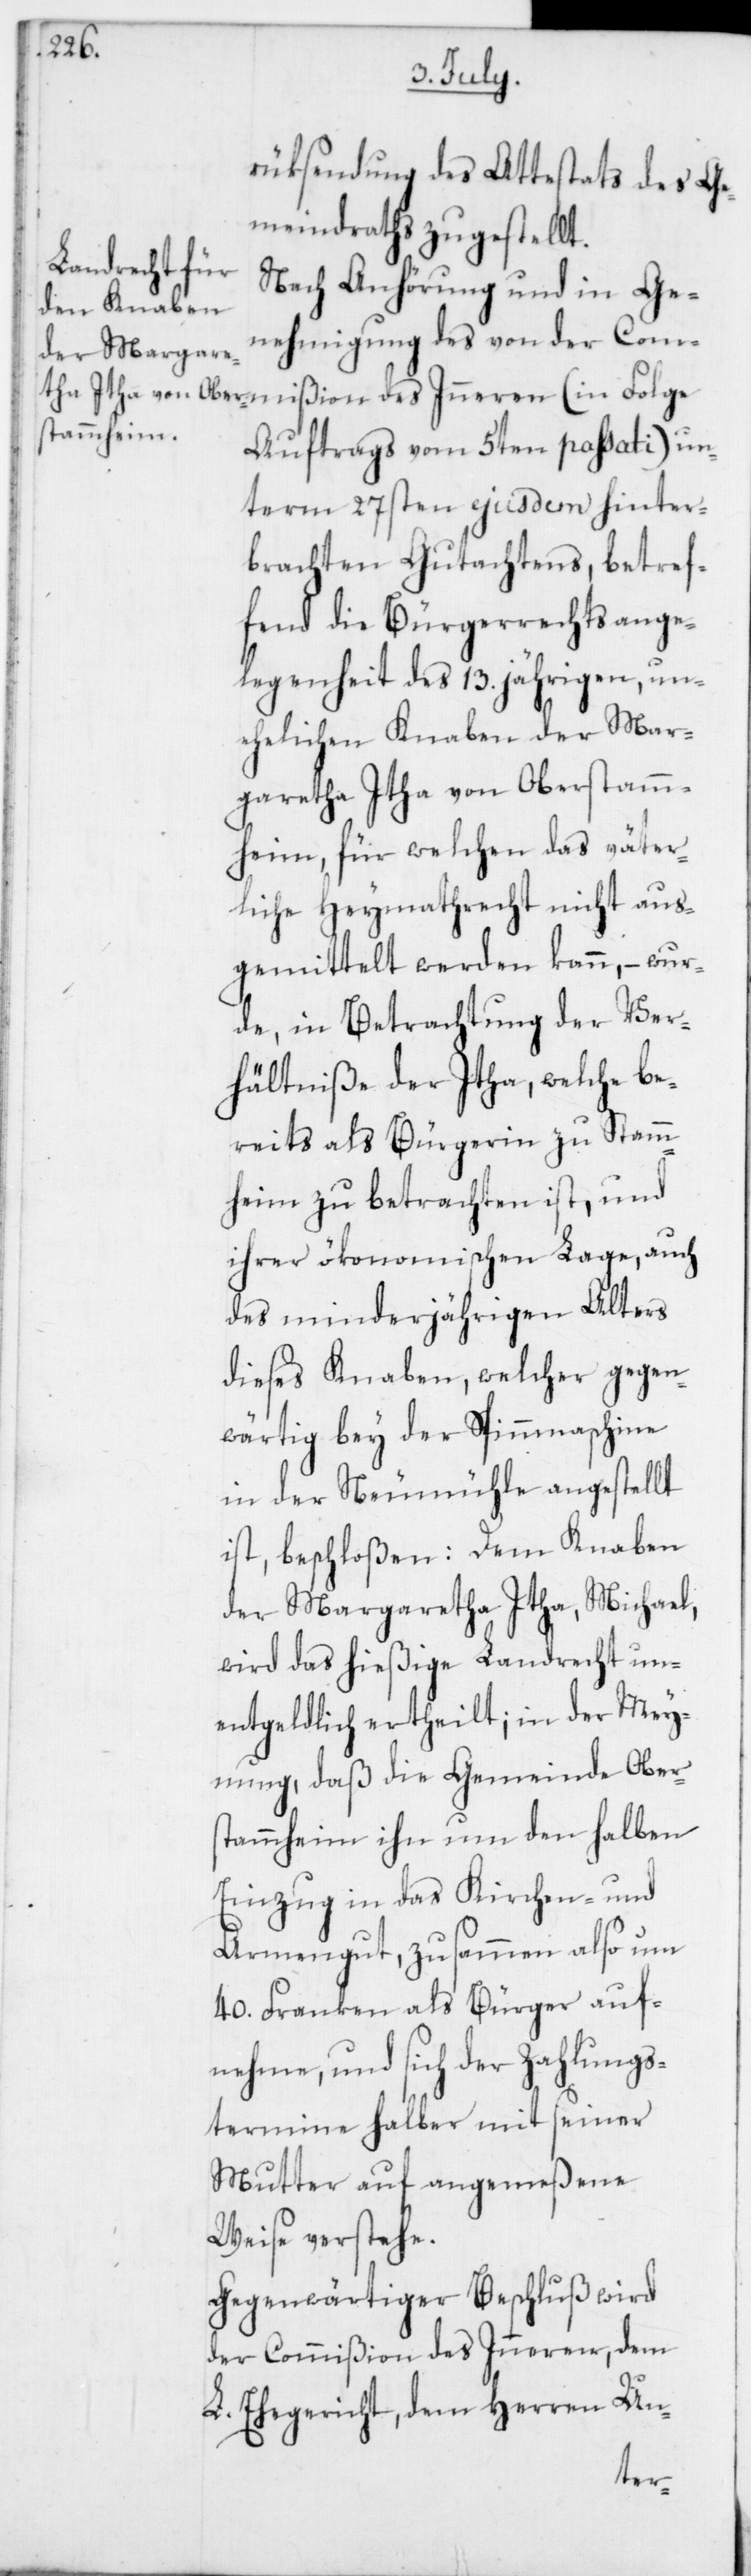
rükstellung des Attestats des Ge¬
meindraths zugestellt.
Nach Anhörung und in Ge¬
nehmigung des von der Commi¬
Auftrags vom 5ten passati) un¬
term 27sten ejusdem hinter¬
brachten Gutachtens, betref¬
fend die Bürgerrechtsange¬
legenheit des 13. jährigen, un¬
ehelichen Knaben der Mar¬
garetha Itha von Oberstamm¬
heim, für welchen das väter¬
liche Heymathrecht nicht aus¬
gemittelt werden kann, – wur¬
de in Betrachtung der Ver¬
hältniße der Itha, welche be¬
reits als Bürgerin zu Stamm¬
heim zu betrachten ist, und
ihrer ökonomischen Lage, auch
des minderjährigen Alters
dieses Knaben, welcher gegen¬
wärtig bey der Spinnmaschine
in der Neumühle angestellt
ist, beschloßen: Dem Knaben
der Margaretha Itha, Michael,
wird das hießige Landrecht un¬
entgeldlich ertheilt; in der Mey¬
nung, daß die Gemeinde Ober¬
stammheim ihn um den halben
Einzug in das Kirchen- und
Armengut, zusammen also um
40. Franken als Bürger auf¬
nehme, und sich der Zahlungs¬
termine halber mit seiner
Mutter auf angemeßene
Weise verstehe.
Gegenwärtiger Beschluß wird
der Commißion des Inneren, dem
L. Ehegericht, dem Herren Un-
ßion